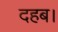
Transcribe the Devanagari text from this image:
दहब।